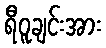
ရီဝူချင်းအား